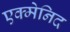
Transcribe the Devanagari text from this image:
एक्मेनिद